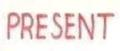
PRESENT